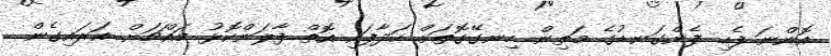
އޮންނަ ފެހި ފެންގަނޑުގެ މަތިން ހިނގޭގޮތަށް ހަދާފައި އޮތް ފާލަންކޮޅު މައްޗަށް އަރައިގެން